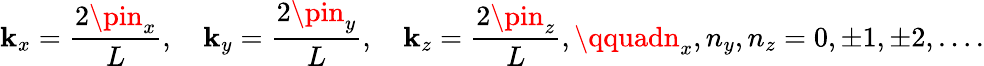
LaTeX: \mathbf{k}_{x}={\frac{{2\pin_{x}}}{{L}}},\quad\mathbf{k}_{y}={\frac{{2\pin_{y}}}{{L}}},\quad\mathbf{k}_{z}={\frac{{2\pin_{z}}}{{L}}},\qquadn_{x},n_{y},n_{z}=0,\pm1,\pm2,\ldots.